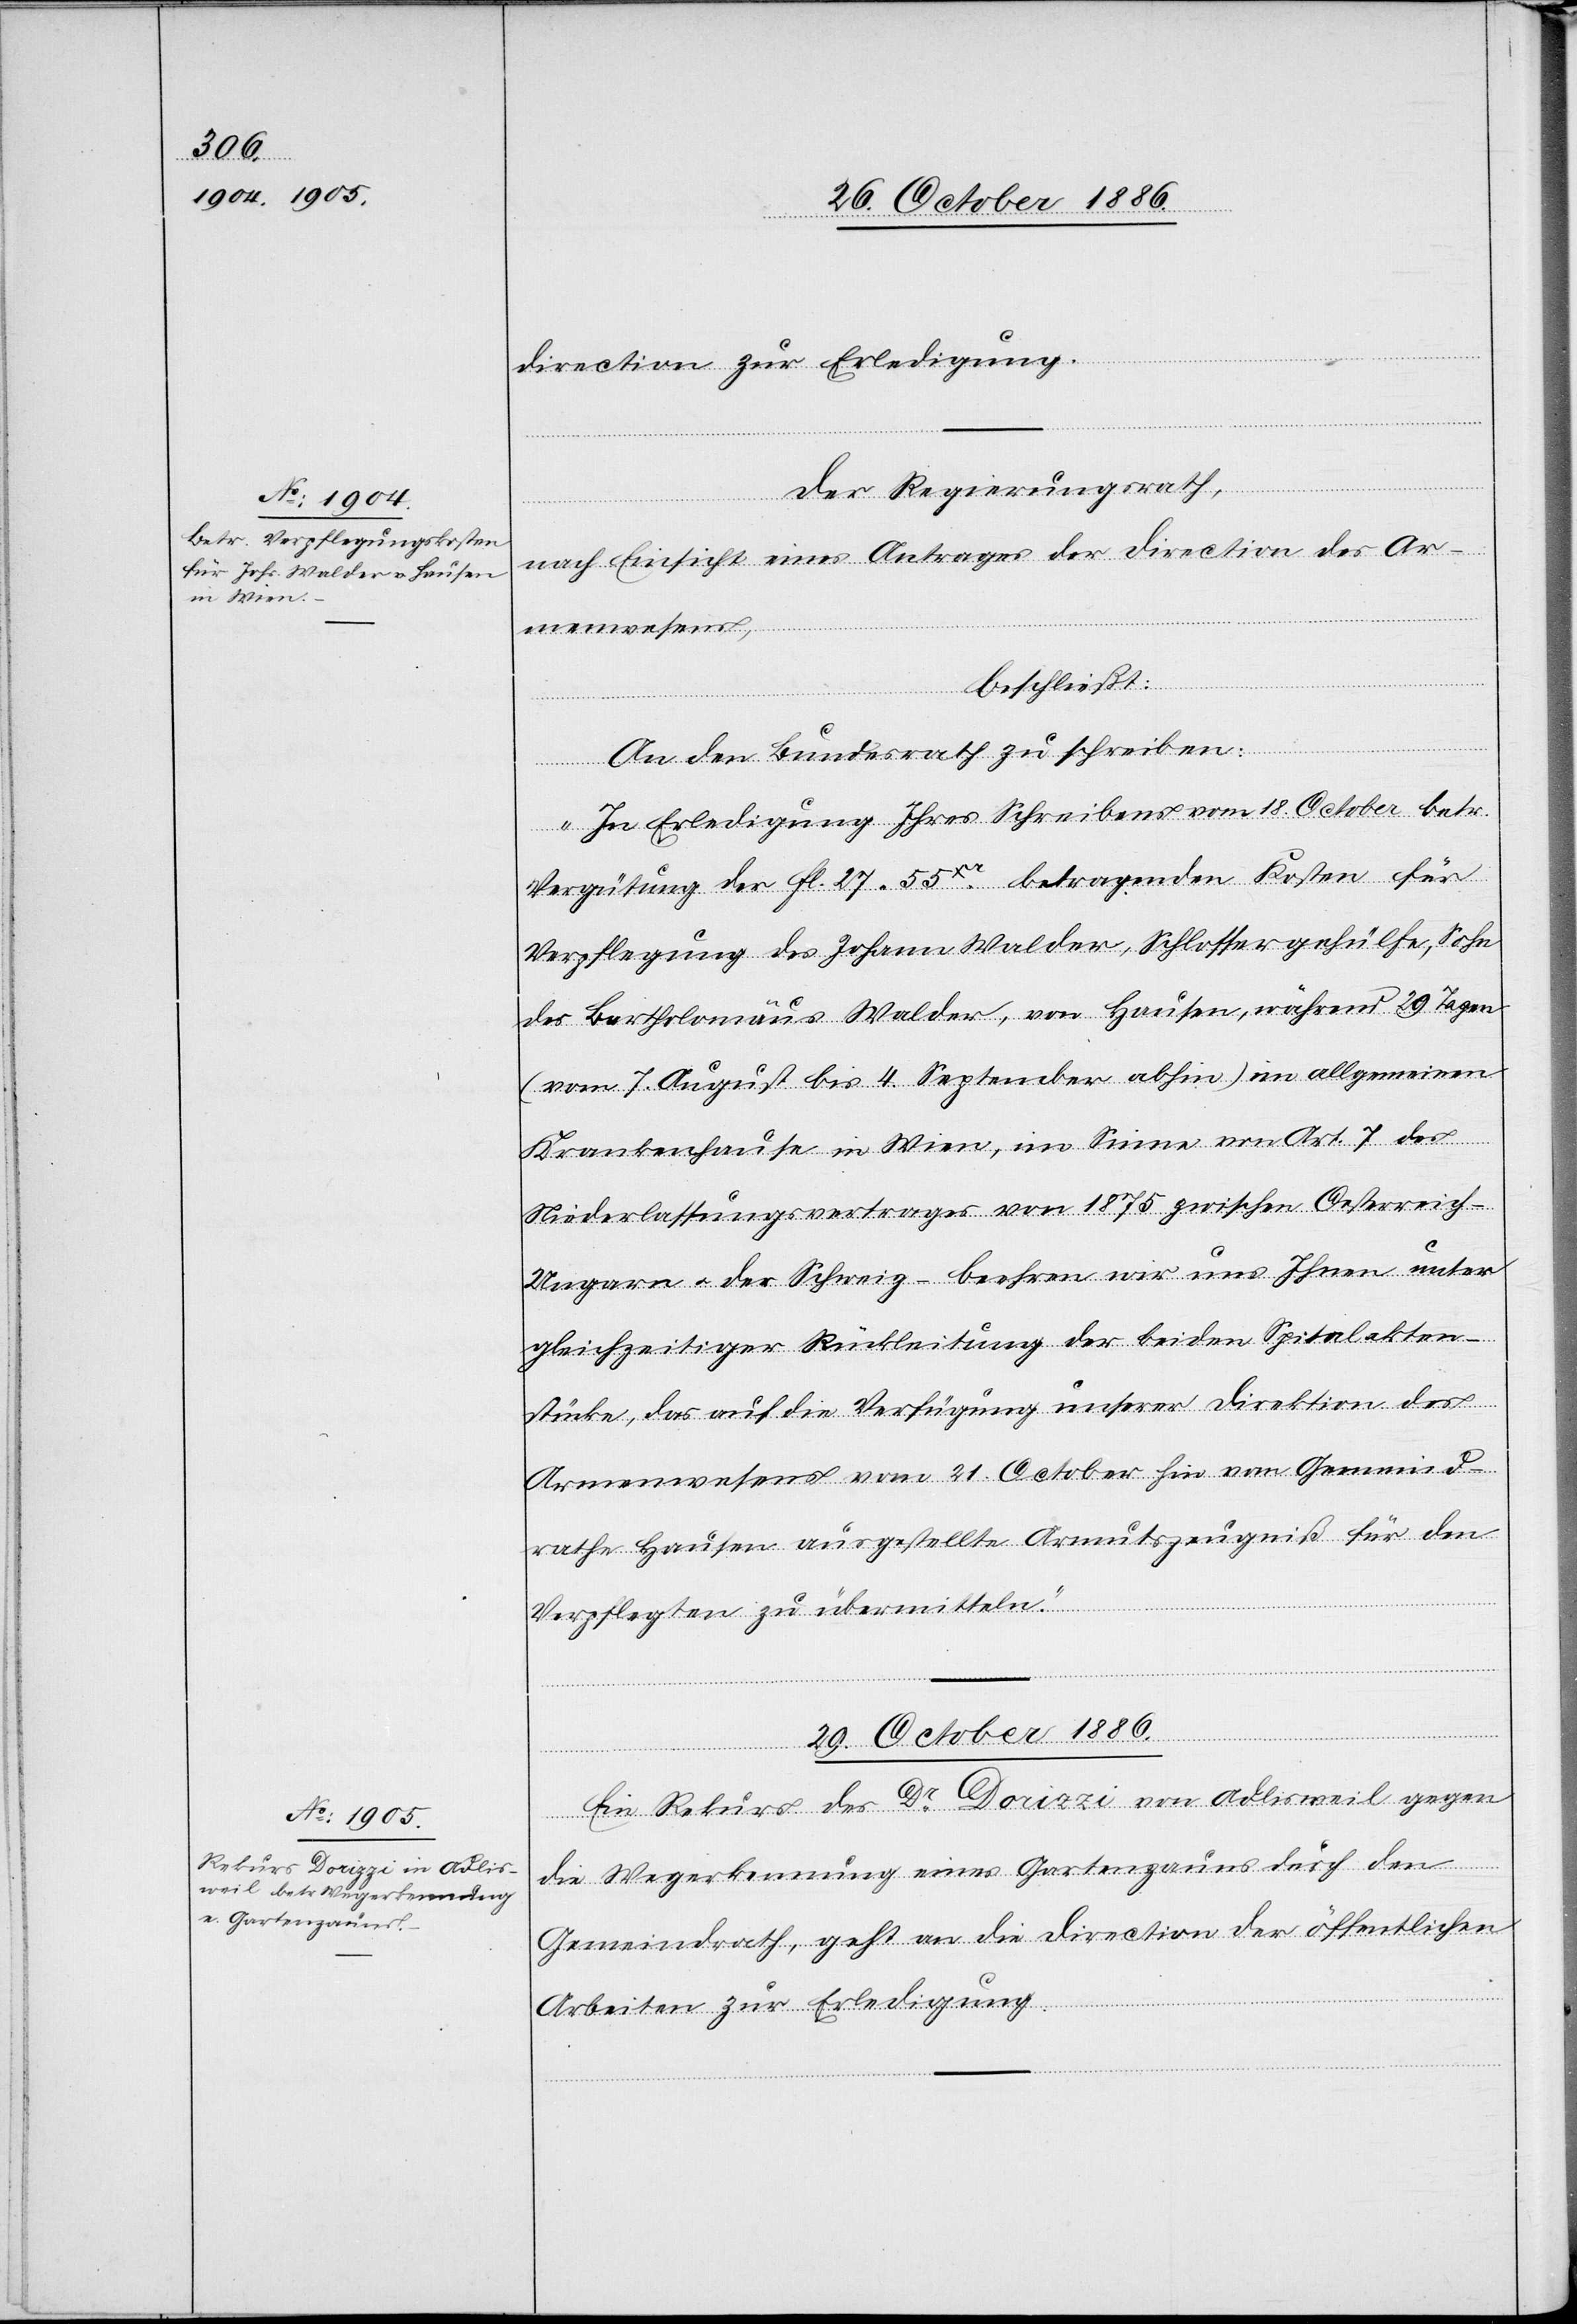
direction zur Erledigung.
Der Regierungsrath,
nach Einsicht eines Antrages der Direction des Ar¬
menwesens,
beschließt:
dial-Ver¬
An den Bundesrath zu schreiben:
„In Erledigung Ihres Schreibens vom 18. October betr.
Vergütung der Fl. 27 55xr betragenden Kosten für
Verpflegung des Johann Walder, Schlossergehülfe, Sohn
des Bartholomäus Walder, von Hausen, während 29 Tagen
(vom 7. August bis 4. September abhin) im allgemeinen
Krankenhause in Wien, im Sinne von Art. 7 des
Niederlassungsvertrages von 1875 zwischen Oesterreich-U¬
ngarn & der Schweiz – beehren wir uns Ihnen unter
gleichzeitiger Rückleitung der beiden Spitalakten¬
stücke, das auf die Verfügung unserer Direktion des
Armenwesens vom 21. October hin vom Gemeind¬
rathe Hausen ausgestellte Armutszeugniß für den
Verpflegten zu übermitteln.“
29. October 1886.
fügungen.
Ein Rekurs des Dr Dorizzi von Adlisweil gegen
die Wegerkennung eines Gartenzauns durch den
Gemeindrath, geht an die Direction der öffentlichen
Arbeiten zur Erledigung.